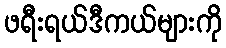
ဖရီးရယ်ဒီကယ်များကို